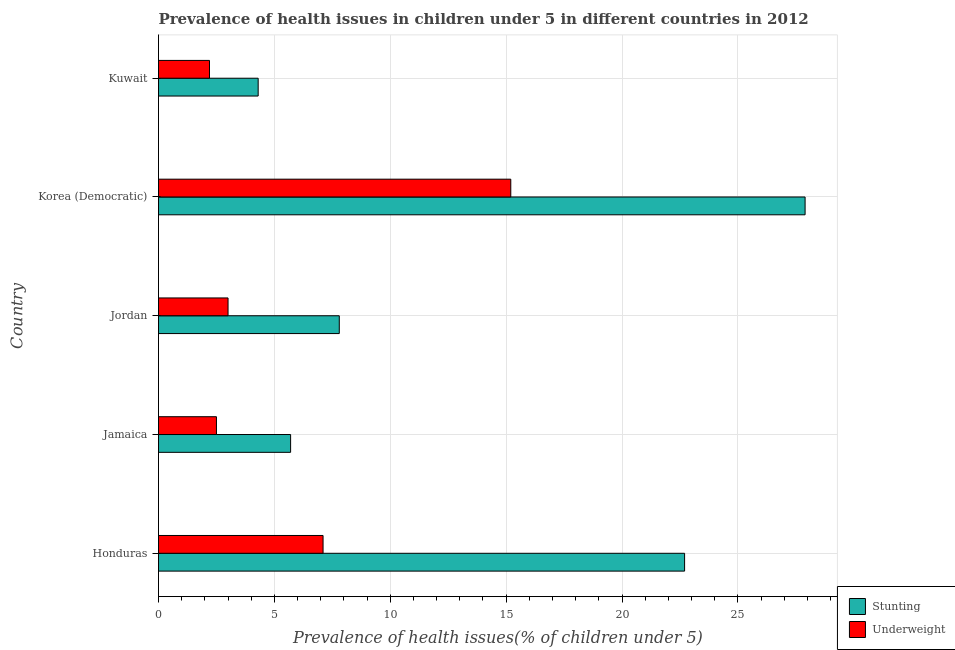
| Country | Stunting | Underweight |
 | --- | --- | --- |
 | Honduras | 22.7 | 7.1 |
 | Jamaica | 5.7 | 2.5 |
 | Jordan | 7.8 | 3 |
 | Korea (Democratic) | 27.9 | 15.2 |
 | Kuwait | 4.3 | 2.2 |